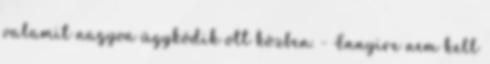
valamit nagyon ügyködik ott közben. - Ennyire nem kell